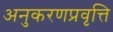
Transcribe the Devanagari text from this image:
अनुकरणप्रवृत्ति